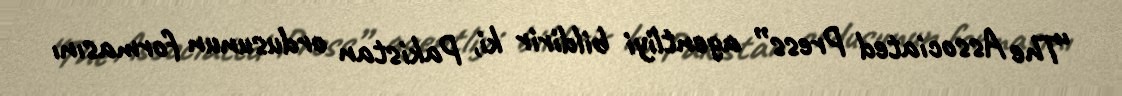
“The Associated Press” agentliyi bildirir ki, Pakistan ordusunun formasını